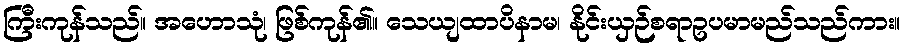
ကြီးကုန်သည်။ အဟောသုံ၊ ဖြစ်ကုန်၏။ သေယျထာပိနာမ၊ နိုင်းယှဉ်စရာဥပမာမည်သည်ကား။